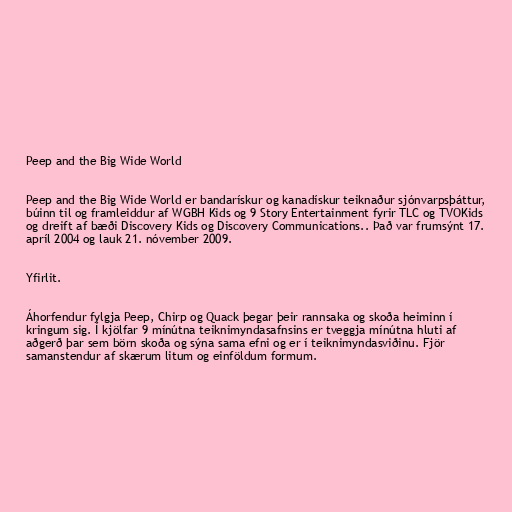
Peep and the Big Wide World

Peep and the Big Wide World er bandarískur og kanadískur teiknaður sjónvarpsþáttur,
búinn til og framleiddur af WGBH Kids og 9 Story Entertainment fyrir TLC og TVOKids
og dreift af bæði Discovery Kids og Discovery Communications.. Það var frumsýnt 17.
apríl 2004 og lauk 21. nóvember 2009.

Yfirlit.

Áhorfendur fylgja Peep, Chirp og Quack þegar þeir rannsaka og skoða heiminn í
kringum sig. Í kjölfar 9 mínútna teiknimyndasafnsins er tveggja mínútna hluti af
aðgerð þar sem börn skoða og sýna sama efni og er í teiknimyndasviðinu. Fjör
samanstendur af skærum litum og einföldum formum.